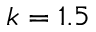
k = 1 . 5